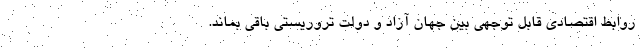
روابط اقتصادی قابل توجهی بین جهان آزاد و دولت تروریستی باقی بماند.